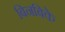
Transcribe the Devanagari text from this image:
बिनबिके